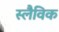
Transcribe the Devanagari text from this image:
स्लैविक